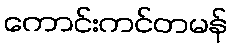
ကောင်းကင်တမန်